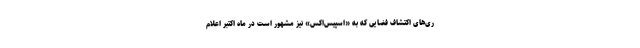
ری‌های اکتشاف فضایی که به «اسپیس‌اکس» نیز مشهور است در ماه اکتبر اعلام